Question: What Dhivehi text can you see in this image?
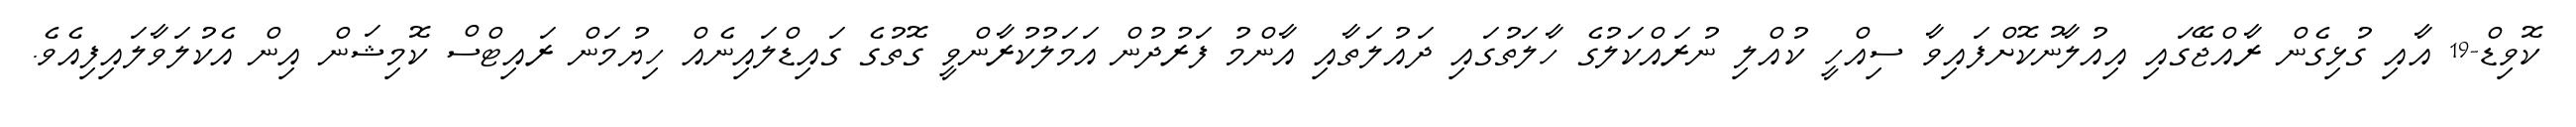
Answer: ކޮވިޑް-19 އާއި ގުޅިގެން ރާއްޖޭގައި އިއުލާނުކޮށްފައިވާ ސިއްހީ ކުއްލި ނުރައްކަލުގެ ހާލަތުގައި ދައުލަތާއި އާންމު ފަރުދުން އަމަލުކުރާންވީ ގޮތުގެ ގައިޑްލައިނެއް ހިޔުމަން ރައިޓްސް ކޮމިޝަން އިން އެކުލަވާލައިފިއެވެ.